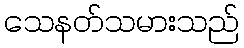
သေနတ်သမားသည်